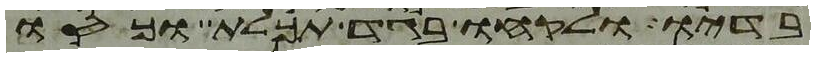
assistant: בדיו ולקחו בגד תכלת וכסו